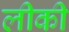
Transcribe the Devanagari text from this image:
लीकी